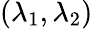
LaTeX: (\lambda_{1},\lambda_{2})